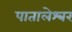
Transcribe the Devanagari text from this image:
पातालेश्‍वर